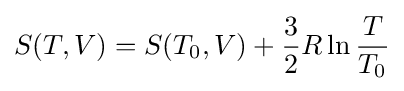
S(T,V)=S(T_{0},V)+{\frac {3}{2}}R\ln {\frac {T}{T_{0}}}